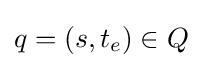
q=(s,t_{e})\in Q